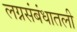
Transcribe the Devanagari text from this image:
लग्नसंबंधातली